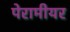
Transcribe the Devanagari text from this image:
पेरामीयर